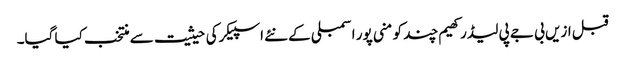
قبل ازیں بی جے پی لیڈر کھیم چند کو منی پور اسمبلی کے نئے اسپیکرکی حیثیت سے منتخب کیا گیا۔